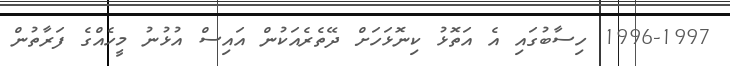
1996-1997 ހިސާބުގައި އެ އަތޮޅު ކިނޮޅަހަށް ދޭތެރެއަކުން އައިސް އުޅުނު މީހެއްގެ ފަރާތުން